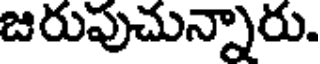
జరుపుచున్నారు.